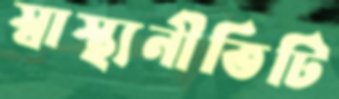
স্বাস্থ্যনীতিটি